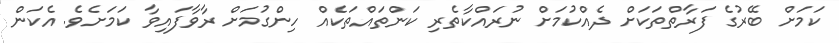
ކަމަށް ބޭރުގެ ފަރާތްތަކަށް ދެއްކުމަށް ނުރައްކާތެރި ކަންތައްތަކެއް ހިންގުމަށް ރާވާފައިވާ ކަމަށެވެ. އެކަން